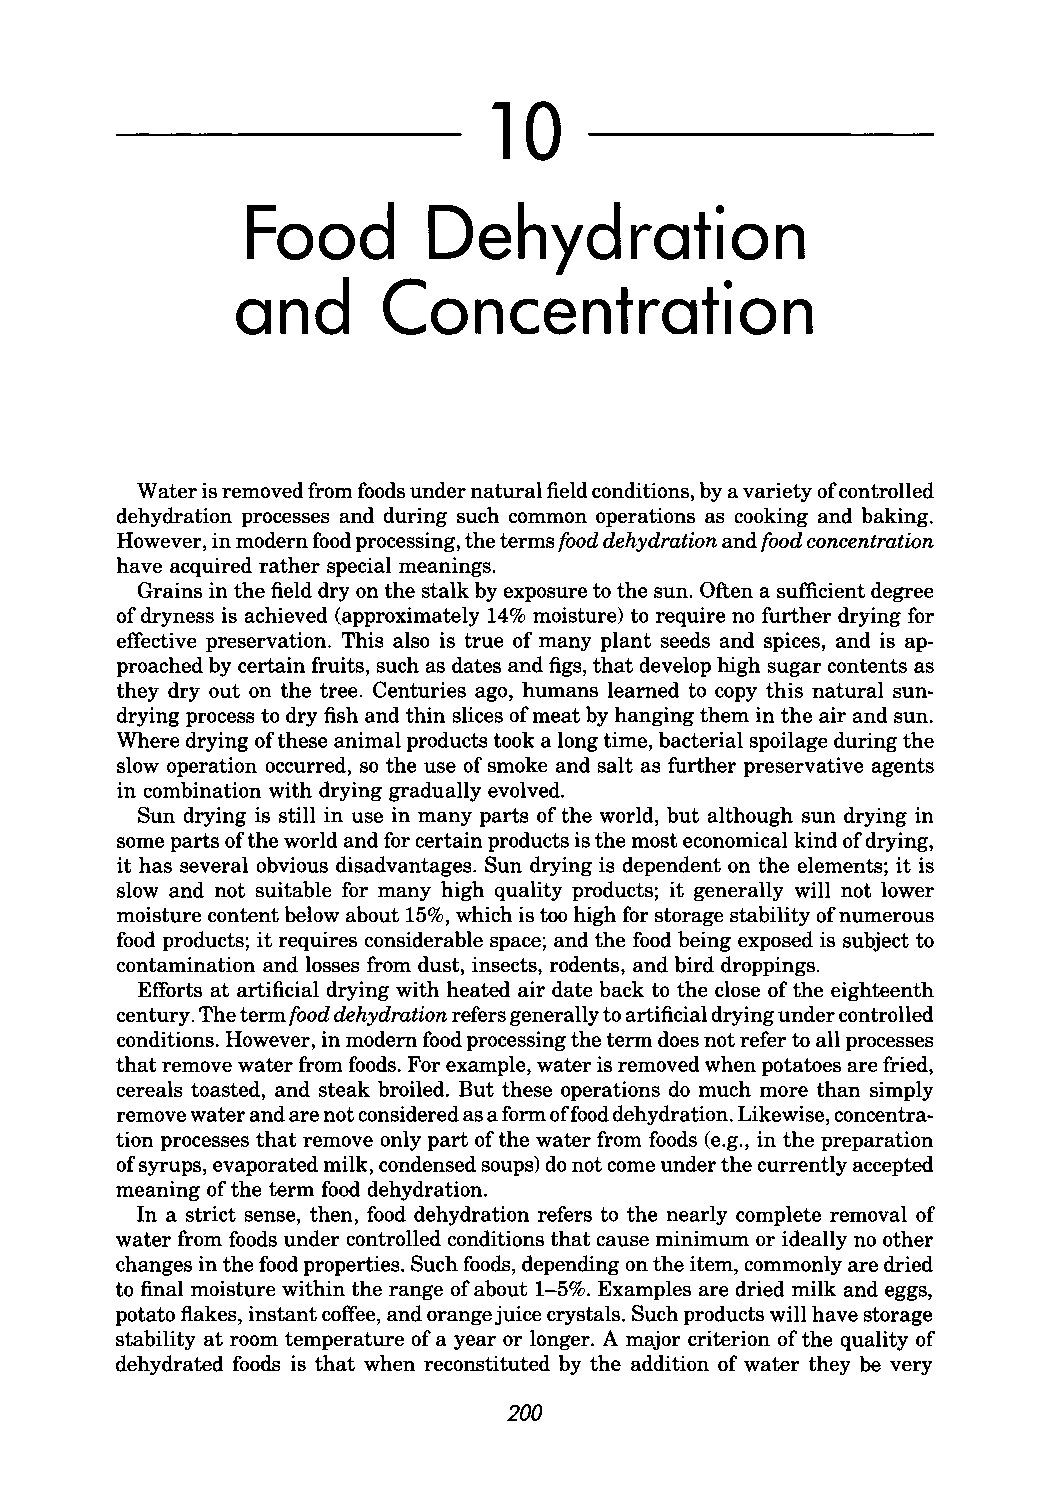
10
 Food        Dehydration
 and      Concentration
 Water is removed from foods under natural field conditions, by a variety of controlled
 dehydration processes and during such common operations as cooking and baking.
 However, in modem food processing, the terms food dehydration and food concentration
 have acquired rather special meanings.
 Grains in the field dry on the stalk by exposure to the sun. Often a sufficient degree
 of dryness is achieved (approximately 14% moisture) to require no further drying for
 effective preservation. This also is true of many plant seeds and spices, and is ap
 proached by certain fruits, such as dates and figs, that develop high sugar contents as
 they dry out on the tree. Centuries ago, humans learned to copy this natural sun
 drying process to dry fish and thin slices of meat by hanging them in the air and sun.
 Where drying of these animal products took a long time, bacterial spoilage during the
 slow operation occurred, so the use of smoke and salt as further preservative agents
 in combination with drying gradually evolved.
 Sun drying is still in use in many parts of the world, but although sun drying in
 some parts of the world and for certain products is the most economical kind of drying,
 it has several obvious disadvantages. Sun drying is dependent on the elements; it is
 slow and not suitable for many high quality products; it generally will not lower
 moisture content below about 15%, which is too high for storage stability of numerous
 food products; it requires considerable space; and the food being exposed is subject to
 contamination and losses from dust, insects, rodents, and bird droppings.
 Efforts at artificial drying with heated air date back to the close of the eighteenth
 century. The term food dehydration refers generally to artificial drying under controlled
 conditions. However, in modem food processing the term does not refer to all processes
 that remove water from foods. For example, water is removed when potatoes are fried,
 cereals toasted, and steak broiled. But these operations do much more than simply
 remove water and are not considered as a form offood dehydration. Likewise, concentra
 tion processes that remove only part of the water from foods (e.g., in the preparation
 of syrups, evaporated milk, condensed soups) do not come under the currently accepted
 meaning of the term food dehydration.
 In a strict sense, then, food dehydration refers to the nearly complete removal of
 water from foods under controlled conditions that cause minimum or ideally no other
 changes in the food properties. Such foods, depending on the item, commonly are dried
 to final moisture within the range of about 1-5%. Examples are dried milk and eggs,
 potato flakes, instant coffee, and orange juice crystals. Such products will have storage
 stability at room temperature of a year or longer. A major criterion of the quality of
 dehydrated foods is that when reconstituted by the addition of water they be very
 200